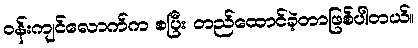
ဝန်းကျင်လောက်က စပြီး တည်ထောင်ခဲ့တာဖြစ်ပါတယ်။